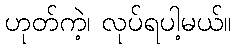
ဟုတ်ကဲ့၊ လုပ်ရပါ့မယ်။